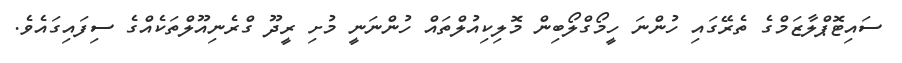
ސައިޓޮޕްލާޒަމްގެ ތެރޭގައި ހުންނަ ހީމޯގްލޯބިން މޮލިކިއުލްތައް ހުންނަނީ މުށި ރީދޫ ގްރެނިއޫލްތަކެއްގެ ސިފައިގައެވެ.